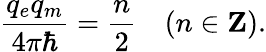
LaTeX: {\frac{q_{e}q_{m}}{4\pi\hbar}}={\frac{n}{2}}\ \ \ \ (n\in{\mathbf Z}).